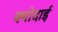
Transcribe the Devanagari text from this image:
क्योदाई